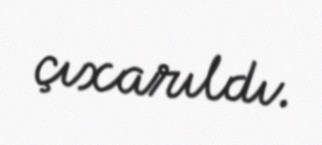
çıxarıldı.